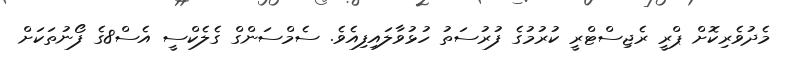
މެދުވެރިކޮށް ޕްރީ ރެޖިސްޓްރީ ކުރުމުގެ ފުރުސަތު ހުޅުވާލައިފިއެވެ. ސެމްސަންގް ގެލެކްސީ އެސް8ގެ ފޯނުތަކަށް